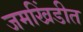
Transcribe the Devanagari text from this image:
जमखिंडीत